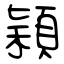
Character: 穎